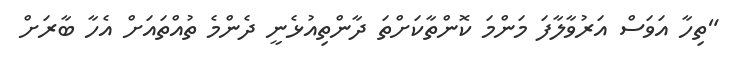
"ތިހާ އަވަސް އަރުވާލާފަ މަންމަ ކޮންތާކަށްތަ ދާންތިއުޅެނީ ދެންމެ ތުއްތައަށް އެހާ ބާރަށް